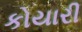
કોયારી